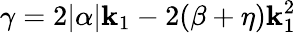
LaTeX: \gamma=2|\alpha|\mathbf{k}_{1}-2(\beta+\eta)\mathbf{k}_{1}^{2}